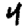
Digit: 4